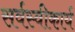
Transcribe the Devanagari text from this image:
सर्वस्वीकार्य